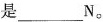
是___N。